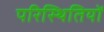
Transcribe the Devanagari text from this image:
परिस्‍िथतियों